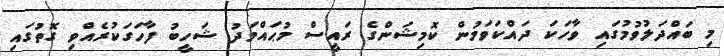
މި ބައްދަލުވުމުގައި ވާހަކަ ދައްކަވަމުން ކޮމިޝަންގެ ރައީސް މުޙައްމަދު ޝަހީބު ފާހަގަކުރެއްވި ގޮތުގައި